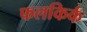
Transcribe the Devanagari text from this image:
फलकिर्क